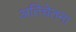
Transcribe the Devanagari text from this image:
अतिचेतना